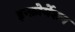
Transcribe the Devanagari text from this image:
इन्फ़ोर्मेशन